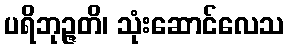
ပရိဘုဉ္ဇတိ၊ သုံးဆောင်လေသ